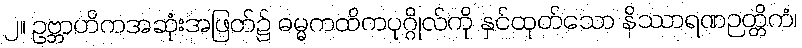
၂။ ဥဗ္ဘာဟိကအဆုံးအဖြတ်၌ ဓမ္မကထိကပုဂ္ဂိုလ်ကို နှင်ထုတ်သော နိဿာရဏဉတ္တိကံ၊